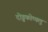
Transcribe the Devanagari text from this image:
दोड्डकोप्पलू